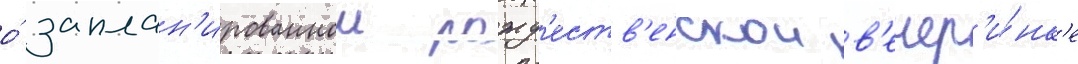
о́ заплан'ированнои рожд'еств'енскои в'ечер'и́нк'е